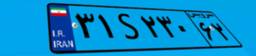
۳۱S۶۵۹۹۴